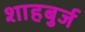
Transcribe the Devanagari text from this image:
शाहबुर्ज